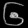
Digit: ၆